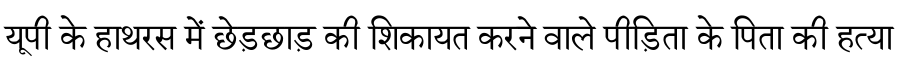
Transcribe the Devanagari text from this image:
यूपी के हाथरस में छेड़छाड़ की शिकायत करने वाले पीड़िता के पिता की हत्या